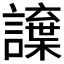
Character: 𮙂